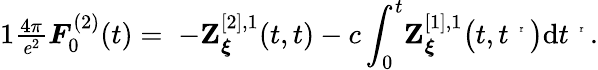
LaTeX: \begin{array}{r}{{1}\frac{4\pi}{\mathit{e}^{2}}\boldsymbol{{F}}_{0}^{(2)}(t)=\; -{\mathbf{Z}}_{\boldsymbol{\xi}}^{[2],1}(t,t)-c\displaystyle\int_{0}^{t}\! {\mathbf{Z}}_{\boldsymbol{\xi}}^{[1],1}\big(t,t^{\mathrm{~\tiny~{~r~}~}}\big)\mathrm{d}{t^{\mathrm{~\tiny~{~r~}~}}}.}\end{array}